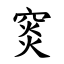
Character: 䆦